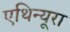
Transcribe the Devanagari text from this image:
एथिन्यूरा